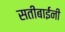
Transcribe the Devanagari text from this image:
सतीबाईंनी